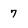
Character: 7